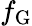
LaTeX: f_{\mathrm{G}}